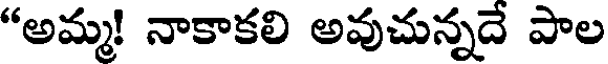
"అమ్మ! నాకాకలి అవుచున్నదే పాల